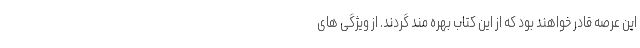
این عرصه قادر خواهند بود که از این کتاب بهره مند گردند. از ویژگی های